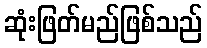
ဆုံးဖြတ်မည်ဖြစ်သည်